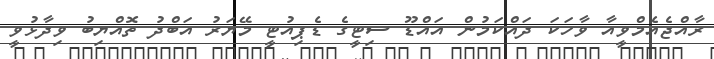
ރާއްޖެއެމްވީއާ ވާހަކަ ދައްކަމުން އައްޑޫ ސިޓީގެ ޑެޕިއުޓީ މޭޔަރު އަބްދު ތޮއްޔިބު ވިދާޅުވީ